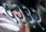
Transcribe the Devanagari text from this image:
६३३२